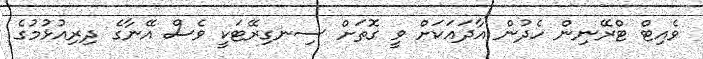
ވެއިޓް ޓްރޭނިން ހެދުން އާދައަކަށް ވީ ގޮތަށް ސިނގިރޭޓަކީ ވެސް އޭނާގެ ދިރިއުޅުމުގެ